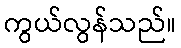
ကွယ်လွန်သည်။